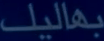
بفاليل